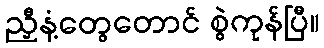
ညှီနံ့တွေတောင် စွဲကုန်ပြီ။